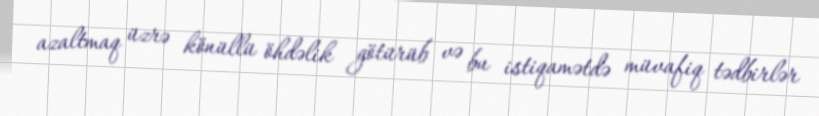
azaltmaq üzrə könüllü öhdəlik götürüb və bu istiqamətdə müvafiq tədbirlər